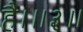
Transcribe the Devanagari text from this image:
है।॥३॥